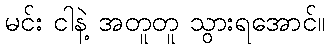
မင်း ငါနဲ့ အတူတူ သွားရအောင်။